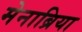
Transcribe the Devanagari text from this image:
मेनाब्रिया